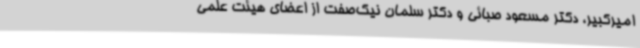
امیرکبیر، دکتر مسعود صبائی و دکتر سلمان نیک‌صفت از اعضای هیئت علمی